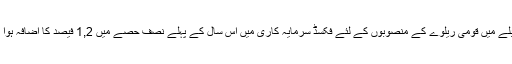
بیان میں ، کہا گیا ہے کہ گذشتہ سال کی اسی مدت کے مقابلے میں قومی ریلوے کے منصوبوں کے لئے فکسڈ سرمایہ کاری میں اس سال کے پہلے نصف حصے میں 1,2 فیصد کا اضافہ ہوا اور 325,8 بلین یوآن (تقریبا (46,12 بلین ڈالر) تک پہنچا۔